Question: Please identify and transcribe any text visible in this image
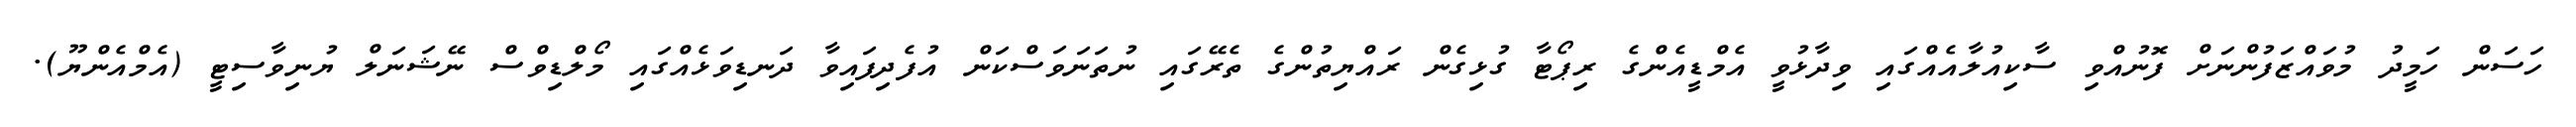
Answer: ހަސަން ހަމީދު މުވައްޒަފުންނަށް ފޮނުއްވި ސާކިއުލާއެއްގައި ވިދާޅުވީ އެމްޑީއެންގެ ރިޕޯޓާ ގުޅިގެން ރައްޔިތުންގެ ތެރޭގައި ނުތަނަވަސްކަން އުފެދިފައިވާ ދަނޑިވަޅެއްގައި މޯލްޑިވްސް ނޭޝަނަލް ޔުނިވާސިޓީ (އެމްއެންޔޫ).